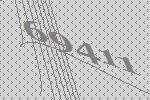
69411